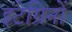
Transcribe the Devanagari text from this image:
इंटेग्रिनों